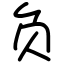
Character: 负